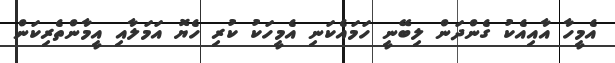
އެމީހާ އާއިއެކު ގެންދަން ލިބޭނީ ހަމައެކަނި އެމީހަކު ކުރި ހެޔޮ އަމަލާއި އީމާންތެރިކަން